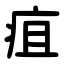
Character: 疽